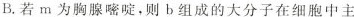
B.若m为胸腺嘧啶，则b组成的大分子在细胞中主